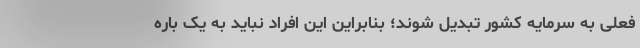
فعلی به سرمایه کشور تبدیل شوند؛ بنابراین این افراد نباید به یک باره